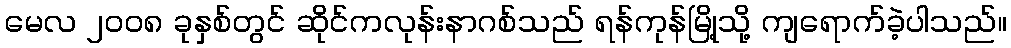
မေလ ၂၀၀၈ ခုနှစ်တွင် ဆိုင်ကလုန်းနာဂစ်သည် ရန်ကုန်မြို့သို့ ကျရောက်ခဲ့ပါသည်။